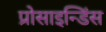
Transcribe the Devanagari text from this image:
प्रोसाइन्डिंस